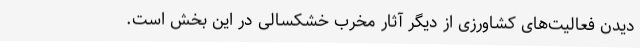
دیدن فعالیت‌های کشاورزی از دیگر آثار مخرب خشکسالی در این بخش است.